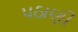
પઠાણી